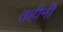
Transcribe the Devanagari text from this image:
तहीनी